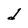
Character: d